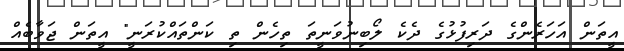
އީތަން އަހަރެންގެ ދަރިފުޅުގެ ދެކެ ލޯބިނުވަނީތަ ތިހެން ތި ކަންތައްކުރަނީ" އީތަން ޖަވާބެއް